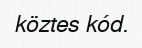
köztes kód.